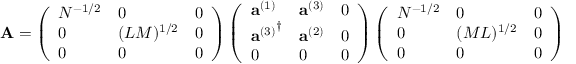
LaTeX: { \bf A } = \left( \begin{array} { l l l } { { N ^ { - 1 / 2 } } } & { { 0 } } & { { 0 } } \\ { { 0 } } & { { ( L M ) ^ { 1 / 2 } } } & { { 0 } } \\ { { 0 } } & { { 0 } } & { { 0 } } \end{array} \right) \left( \begin{array} { l l l } { { { \bf a } ^ { ( 1 ) } } } & { { { \bf a } ^ { ( 3 ) } } } & { { 0 } } \\ { { { { \bf a } ^ { ( 3 ) } } ^ { \dagger } } } & { { { \bf a } ^ { ( 2 ) } } } & { { 0 } } \\ { { 0 } } & { { 0 } } & { { 0 } } \end{array} \right) \left( \begin{array} { l l l } { { N ^ { - 1 / 2 } } } & { { 0 } } & { { 0 } } \\ { { 0 } } & { { ( M L ) ^ { 1 / 2 } } } & { { 0 } } \\ { { 0 } } & { { 0 } } & { { 0 } } \end{array} \right)